Indian Medical Review
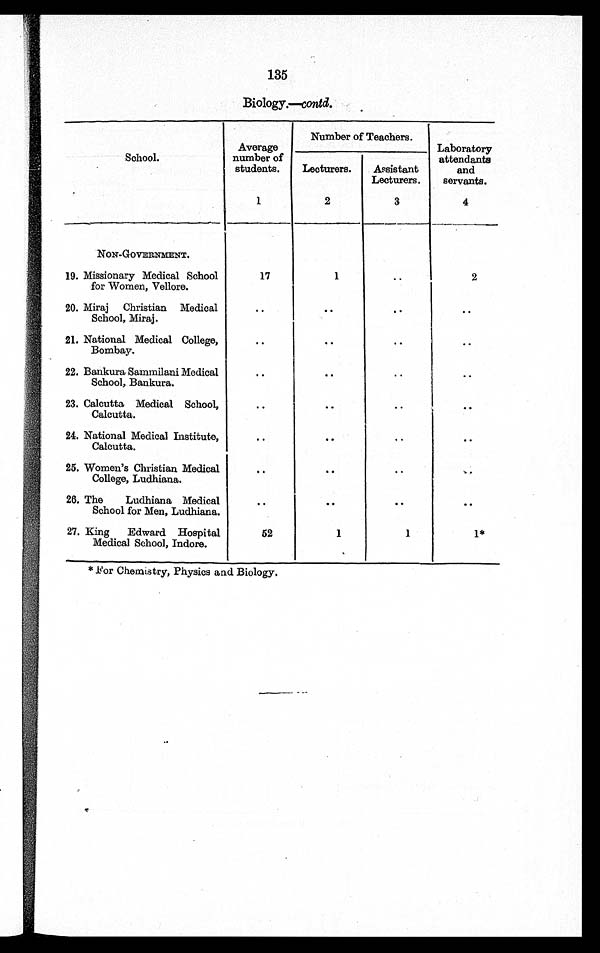
135
Biology.—contd.
School.
Average
number of
students.
1
Number of Teachers.
Laboratory
attendants
and
servants.
4
Lecturers.
2
Assistant
Lecturers.
3
NON-GOVERNMENT.
19. Missionary Medical School
for Women, Vellore.
17
1
..
2
20. Miraj Christian Medica
l
School, Miraj.
..
..
..
..
21. National Medical College,
Bombay.
..
..
..
..
22. Bankura Sammilani Medical
School, Bankura.
..
..
..
..
23. Calcutta Medical School,
Calcutta.
..
..
..
..
24. National Medical Institute,
Calcutta.
..
..
..
..
25. Women's Christian Medical
College, Ludhiana.
..
..
..
..
26. The Ludhiana Medical
School for Men, Ludhiana.
..
..
..
..
27. King Edward Hospital
Medical School, Indore.
52
1
1
1*
'*For Chemistry, Physics and Biology.